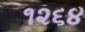
૧૨૬૪